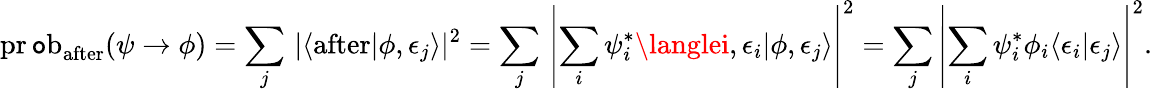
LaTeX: \operatorname{pr\mathtt{o}b}_{\mathrm{{after}}}(\psi\to\phi)=\sum_{j}\, \left|\langle{\mathrm{{after}}}\right|\phi,\epsilon_{j}\rangle|^{2}=\sum_{j}\, \left|\sum_{i}\psi_{i}^{*}\langlei,\epsilon_{i}|\phi,\epsilon_{j}\rangle\right|^{2}=\sum_{j}\left|\sum_{i}\psi_{i}^{*}\phi_{i}\langle\epsilon_{i}|\epsilon_{j}\rangle\right|^{2}.